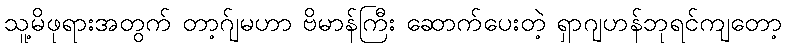
သူ့မိဖုရားအတွက် တာ့ဂ်ျမဟာ ဗိမာန်ကြီး ဆောက်ပေးတဲ့ ရှာဂျဟန်ဘုရင်ကျတော့